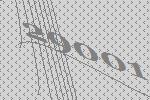
29001